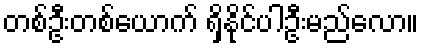
တစ်ဦးတစ်ယောက် ရှိနိုင်ပါဦးမည်လော။